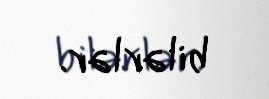
bilərlər.